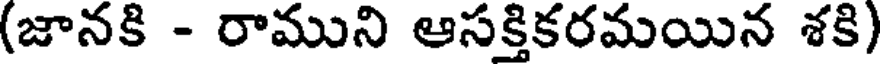
(జానకి - రాముని ఆసక్తికరమయిన శకి)